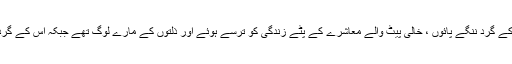
ناقدین کے بقول بھٹو صاحب کے گرد ننگے پائوں ، خالی پیٹ والے معاشرے کے پٹے زندگی کو ترسے ہوئے اور ذلتوں کے مارے لوگ تھے جبکہ اس کے گرد ایلیٹ کلاس کے نوجوان ہیں۔